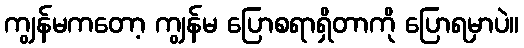
ကျွန်မကတော့ ကျွန်မ ပြောစရာရှိတာကို ပြောရမှာပဲ။